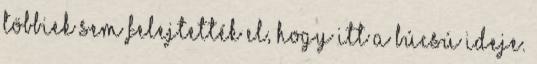
többiek sem felejtették el, hogy itt a búcsú ideje.